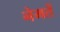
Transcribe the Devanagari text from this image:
नेमतें